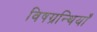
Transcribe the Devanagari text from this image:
विषग्रन्थियाँ